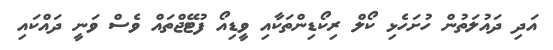
އަދި ދައުލަތުން ހުށަހެޅި ކޯލް ރިކޯޑިންތަކާއި ވީޑިއޯ ފުޓޭޖްތައް ވެސް ވަނީ ދައްކައި